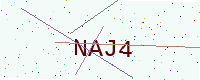
Text: NAJ4